Report on malaria in the Punjab during the year ...  together with an account of the work of the Punjab Malaria Bureau - Volume 3
Disease focus: Malaria
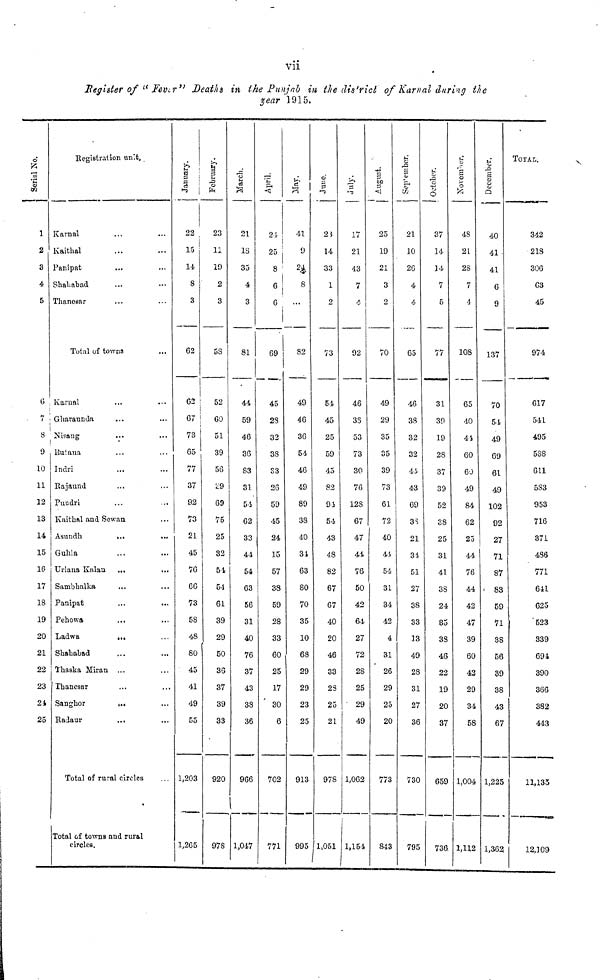
vii
Register of " Fevor" Death in the Punjab in the district of Karnal during the
year 1915.
Serial no.
1
2
3
4
5
6
7
8
9
10
11
12
13
14
15
16
17
18
19
20
21
22
23
24
25
Registration unit.
Karnal ... ...
Kaithal ... ...
Panipat ... ...
Shababad ... ...
Thanesar
... ...
Total of towns ...
Karnal ... ...
Gharaunda ... ...
Nisang ... ...
Butana ... ...
Indri
... ...
Rajaund ... ...
Pundri ... ...
Kaithal and Sewan ...
Asundh
...
...
Guhla ... ...
Urlana Kalan ... ...
Sambhalka ... ...
Panipat ... ...
Pehowa ... ...
Ladwa
... ...
Shahabad ... ...
Thaska Miran ... ...
Thanesar ... ...
Sanghor
... ...
Radaur ... ...
Total of rural circles
Total of towns and rural
circles.
January.
22
15
14
8
3
62
!
i
62
67
73
65
77
37
92
73
21
45
76
66
73
58
48
80
45
41
49
55
1,203
1,265
February.
23
11
19
2
3
58
52
60
51
39
56
29
69
75
25
32
54
5d
61
39
29
50
36
37
39
33
920
978
March.
21
IS
35
4
3
81
44
59
46
36
83
31
54
62
33
44
54
63
56
31
40
76
37
43
38
36
966
1,047
April.
21
25
8
6
6
69
45
28
32
38
S3
26
59
45
24
15
57
38
59
28
33
60
25
17
30
6
702
771
May.
41
9
24
8
82
49
46
36
54
46
49
89
38
40
31
63
80
70
35
10
68
29
29
23
25
913
995
June.
2$
14
33
1
2
73
54
45
25
59
45
82
9i
54
43
48
82
67
67
40
20
46
33
28
25
21
978
1,051
July.
17
21
43
7
92
46
36
53
73
30
76
128
67
47
41
76
50
42
64
27
72
28
25
29
49
1,062
1,154
August.
25
19
21
3
2
70
49
29
35
35
39
73
61
72
40
44
54
31
34
42
4
31
26
29
25
20
773
843
September.
21
10
26
4
4
65
46
38
32
32
44
43
69
38
21
31
51
27
38
33
13
49
28
31
27
36
730
795
October.
37
14
]4
7
5
77
31
39
19
28
37
39
52
38
25
31
41
38
24
35
38
46
22
19
20
37
659
736
November.
43
21
28
7
4
108
65
40
41
60
60
49
84
62
25
44
76
44
42
47
39
60
42
29
34
58
1,004
1,112
December.
40
41
41
6
9
137
70
51
49
69
61
49
102
92
27
71
87
83
59
71
38
56
39
38
43
67
1,225
1,363
TOTAL.
342
218
306
63
45
974
617
541
495
538
611
583
953
716
371
486
771
641
625
523
339
694
390
366
382
443
11,135
12,309